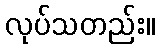
လုပ်သတည်း။